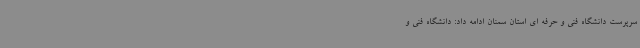
سرپرست دانشگاه فنی و حرفه ای استان سمنان ادامه داد: دانشگاه فنی و